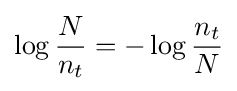
\log {\frac {N}{n_{t}}}=-\log {\frac {n_{t}}{N}}